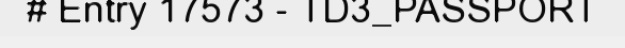
# Entry 17573 - TD3_PASSPORT